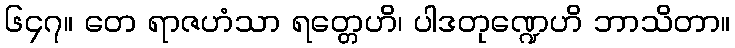
၆၄၇။ တေ ရာဇဟံသာ ရတ္တေဟိ၊ ပါဒတုဏ္ဍေဟိ ဘာသိတာ။